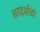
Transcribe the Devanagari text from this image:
आदर्शचा